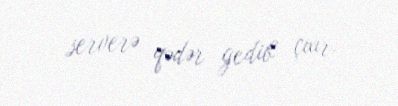
serverə qədər gedib çıxır.